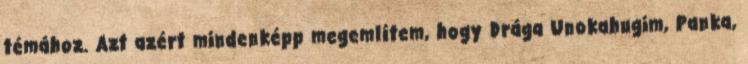
témához. Azt azért mindenképp megemlítem, hogy Drága Unokahugim, Panka,